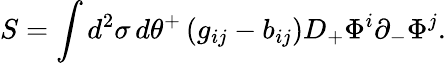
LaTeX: S=\int d^{2}\sigma\, d\theta^{+}\, (g_{ij}-b_{ij})D_{+}\Phi^{i}\partial_{-}\Phi^{j}.